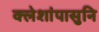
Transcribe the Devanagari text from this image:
क्लेशांपासुनि